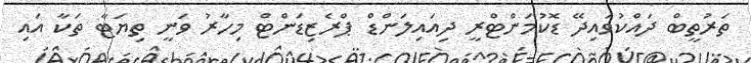
ތަރުތީބް ދައްކުވައިދޭ ޑޮކުމަންޓްރީ ދިއައިލަންޑް ޕްރެޒިޑަންޓް މިހާރު ވަނީ ތިޔަޓާ ތަކާ އައި